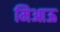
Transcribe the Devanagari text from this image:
मिआऊ